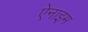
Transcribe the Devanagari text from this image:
ऐनाइम